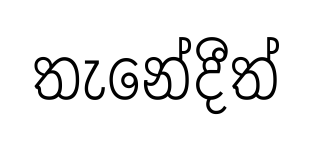
තැනේදීත්